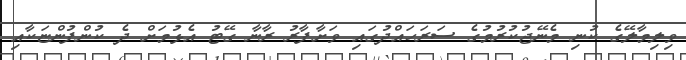
ވިލިމާލޭގެ ކުނި މެނޭޖުކުރުމުގެ ސަރަހައްދުގައި ވަށާފާރު ރާނާ ގޭޓު އެޅުމަށް ދެ ކުންފުންޏަކާއި